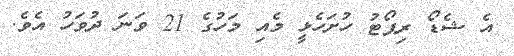
އެ ޝެޑޯ ރިޕޯޓު ހުށަހެޅީ މެއި މަހުގެ 21 ވަނަ ދުވަހު އެވެ.